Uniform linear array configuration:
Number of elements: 64
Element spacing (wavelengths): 0.75
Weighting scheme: hann
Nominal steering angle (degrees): -15
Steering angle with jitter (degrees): -15.012
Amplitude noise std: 0.05
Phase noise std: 0.05

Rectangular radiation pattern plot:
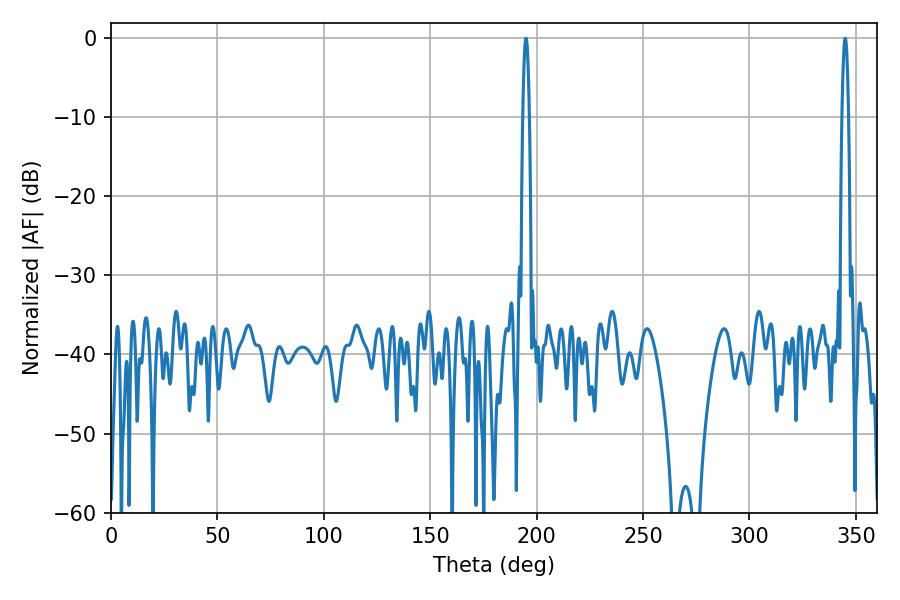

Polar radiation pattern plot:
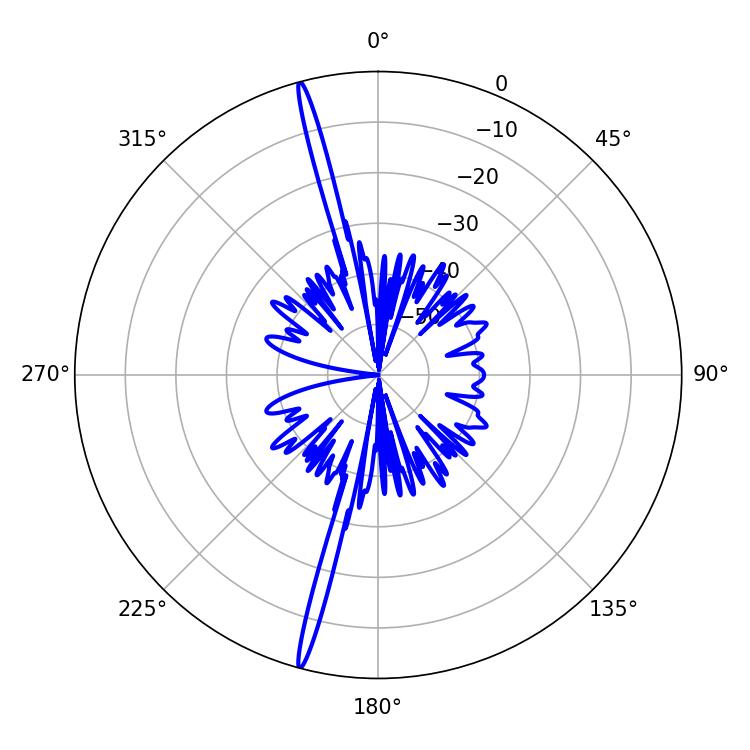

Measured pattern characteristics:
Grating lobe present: TRUE
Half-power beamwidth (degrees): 1.62
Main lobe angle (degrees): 194.94